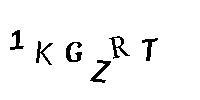
1KGZRT